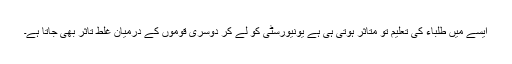
ایسے میں طلباء کی تعلیم تو متاثر ہوتی ہی ہے یونیورسٹی کو لے کر دوسری قوموں کے درمیان غلط تاثر بھی جاتا ہے۔